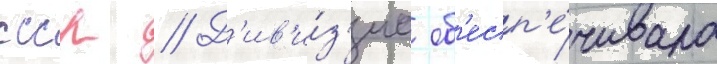
ссср // Д'ив'и́з'иа об'есп'е́чивала